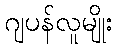
ဂျပန်လူမျိုး